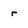
Character: r